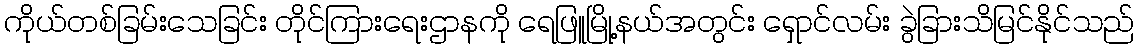
ကိုယ်တစ်ခြမ်းသေခြင်း တိုင်ကြားရေးဌာနကို ရေဖြူမြို့နယ်အတွင်း ရှောင်လမ်း ခွဲခြားသိမြင်နိုင်သည်